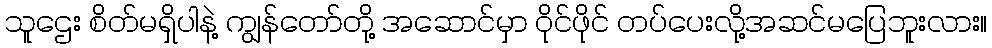
သူဌေး စိတ်မရှိပါနဲ့ ကျွန်တော်တို့ အဆောင်မှာ ဝိုင်ဖိုင် တပ်ပေးလို့အဆင်မပြေဘူးလား။